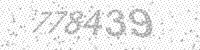
Solution: 778439